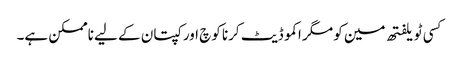
کسی ٹویلفتھ مین کو مگر اکموڈیٹ کرنا کوچ اور کپتان کے لیے ناممکن ہے۔